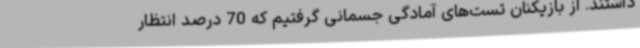
داشتند. از بازیکنان تست‌های آمادگی جسمانی گرفتیم که 70 درصد انتظار